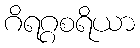
ဂိရဂ္ဂစရိယာ